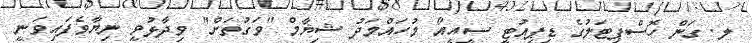
ލ. ގަން ހޮސްޕިޓަލުގެ ޑިޕިއުޓީ ސީއީއޯ މުހައްމަދު ޝިޔާމް "ވަގުތަށް" ވިދާޅުވީ ނިޔާވެފައިވަނީ